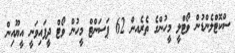
ސްކޮޓްލެންޑުން ވޯޓްލީ މީހުންގެ ތެރެއން 62 ޕަސަންޓް މީހުން ވޯޓް ދީފައިވަނީ އީޔޫއިން